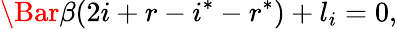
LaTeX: \Bar{\beta}(2i+r-i^{*}-r^{*})+l_{i}=0,